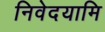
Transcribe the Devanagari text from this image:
निवेदयामि